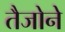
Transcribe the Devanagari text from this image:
तैजोने